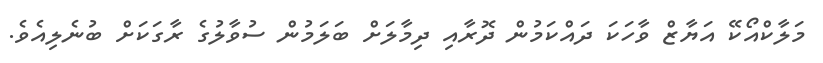
މަލާކްއޯކޭ އަޔާޒް ވާހަކަ ދައްކަމުން ދޮރާއި ދިމާލަށް ބަލަމުން ސުވާލުގެ ރާގަކަށް ބުނެލިއެވެ.